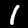
Digit: 1